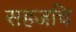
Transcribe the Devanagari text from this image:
सहजचि